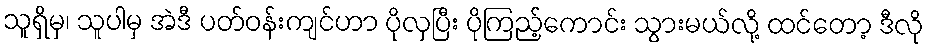
သူရှိမှ၊ သူပါမှ အဲဒီ ပတ်ဝန်းကျင်ဟာ ပိုလှပြီး ပိုကြည့်ကောင်း သွားမယ်လို့ ထင်တော့ ဒီလို